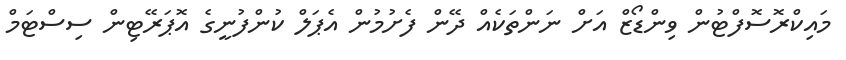
މައިކްރޮސޮފްޓުން ވިންޑޯޒް އަށް ނަންތަކެއް ދޭން ފެށުމުން އެޕަލް ކުންފުނީގެ އޮޕަރޭޓިން ސިސްޓަމް